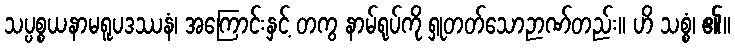
သပ္ပစ္စယနာမရူပဒဿနံ၊ အကြောင်းနှင့် တကွ နာမ်ရုပ်ကို ရှုတတ်သောဉာဏ်တည်း။ ဟိ သစ္စံ၊ ၏။